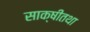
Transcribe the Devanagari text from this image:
साक्षीतथा